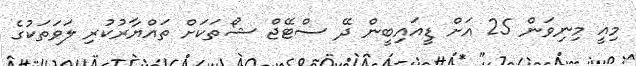
މިއީ މިނިވަން 25 އަށް ޑީއައިބީން ދޭ ސްޓޭޖް ޝޯތަކަށް ތައްޔާރުކުރި ލަވަތަކުގެ